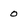
Character: 0